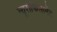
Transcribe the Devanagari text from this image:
न्यूरोफिलामेंट